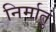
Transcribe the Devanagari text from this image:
निर्मातुं